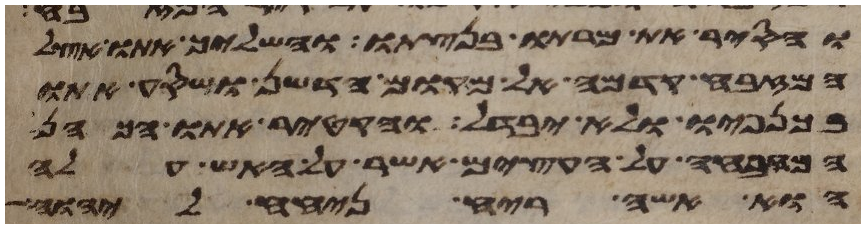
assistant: והסיר את מרתו בנצתו והשליך אתו אצל
המזבח קדמה אל מקום הדשן ושסע אתו
בכנפיו ולא יבדל והקטיר אתו הכהן
המזבחה על העצים אשר על האש עלה
הוא אשה ריח ניחח ליהוה